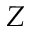
Z